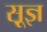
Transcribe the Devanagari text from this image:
सू़ज्ञ